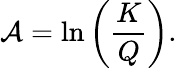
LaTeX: \mathcal{A}=\ln\left(\frac{K}{Q}\right).